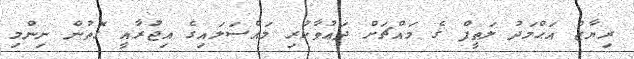
ރިޔާޒް އަޙްމަދު ލަޠީފް ގެ މައްޗަށް ދަޢުވާކުރި މައްސަލައިގެ އިޖުރާއީ ގޮތުން ނިންމި